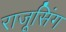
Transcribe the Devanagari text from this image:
राजूसिंग